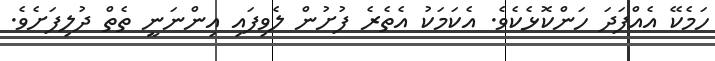
ހަމެކޭ އެއްފަދަ ހަންކޮޅެކެވެ. އެކަމަކު އެތެރެ ފުށުން ލެވިފައި އިންނަނީ ތެތް ދުލިފަށެވެ.